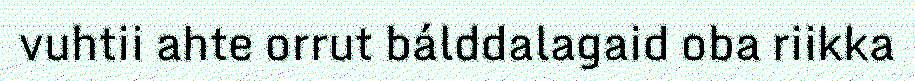
vuhtii ahte orrut bálddalagaid oba riikka